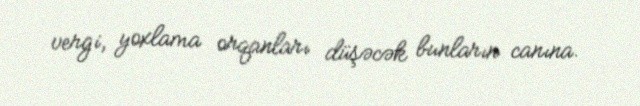
vergi, yoxlama orqanları düşəcək bunların canına.